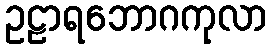
ဥဠာရဘောဂကုလာ